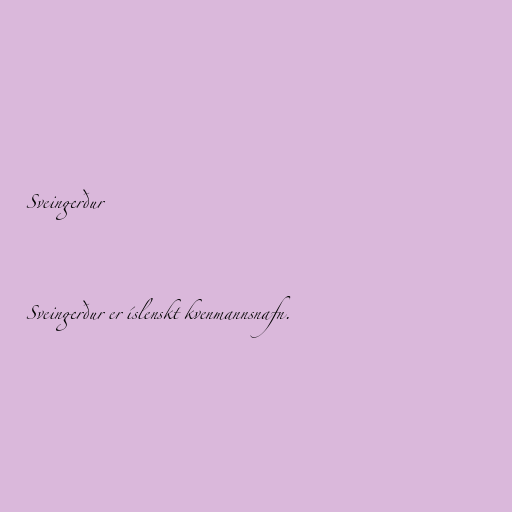
Sveingerður

Sveingerður er íslenskt kvenmannsnafn.